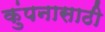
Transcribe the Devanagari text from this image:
कुंपनासाठी